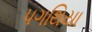
પગથિયા